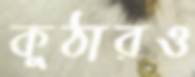
কুঠারও